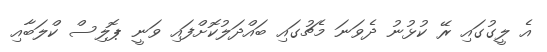
އެ ލީގުގައި ރޭ ކުޅުނު ދެވަނަ މެޗުގައި ބައްދަލުކޮށްފައި ވަނީ ޕޮލިސް ކްލަބާއި